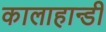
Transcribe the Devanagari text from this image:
कालाहान्डी